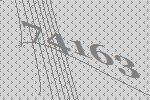
74163